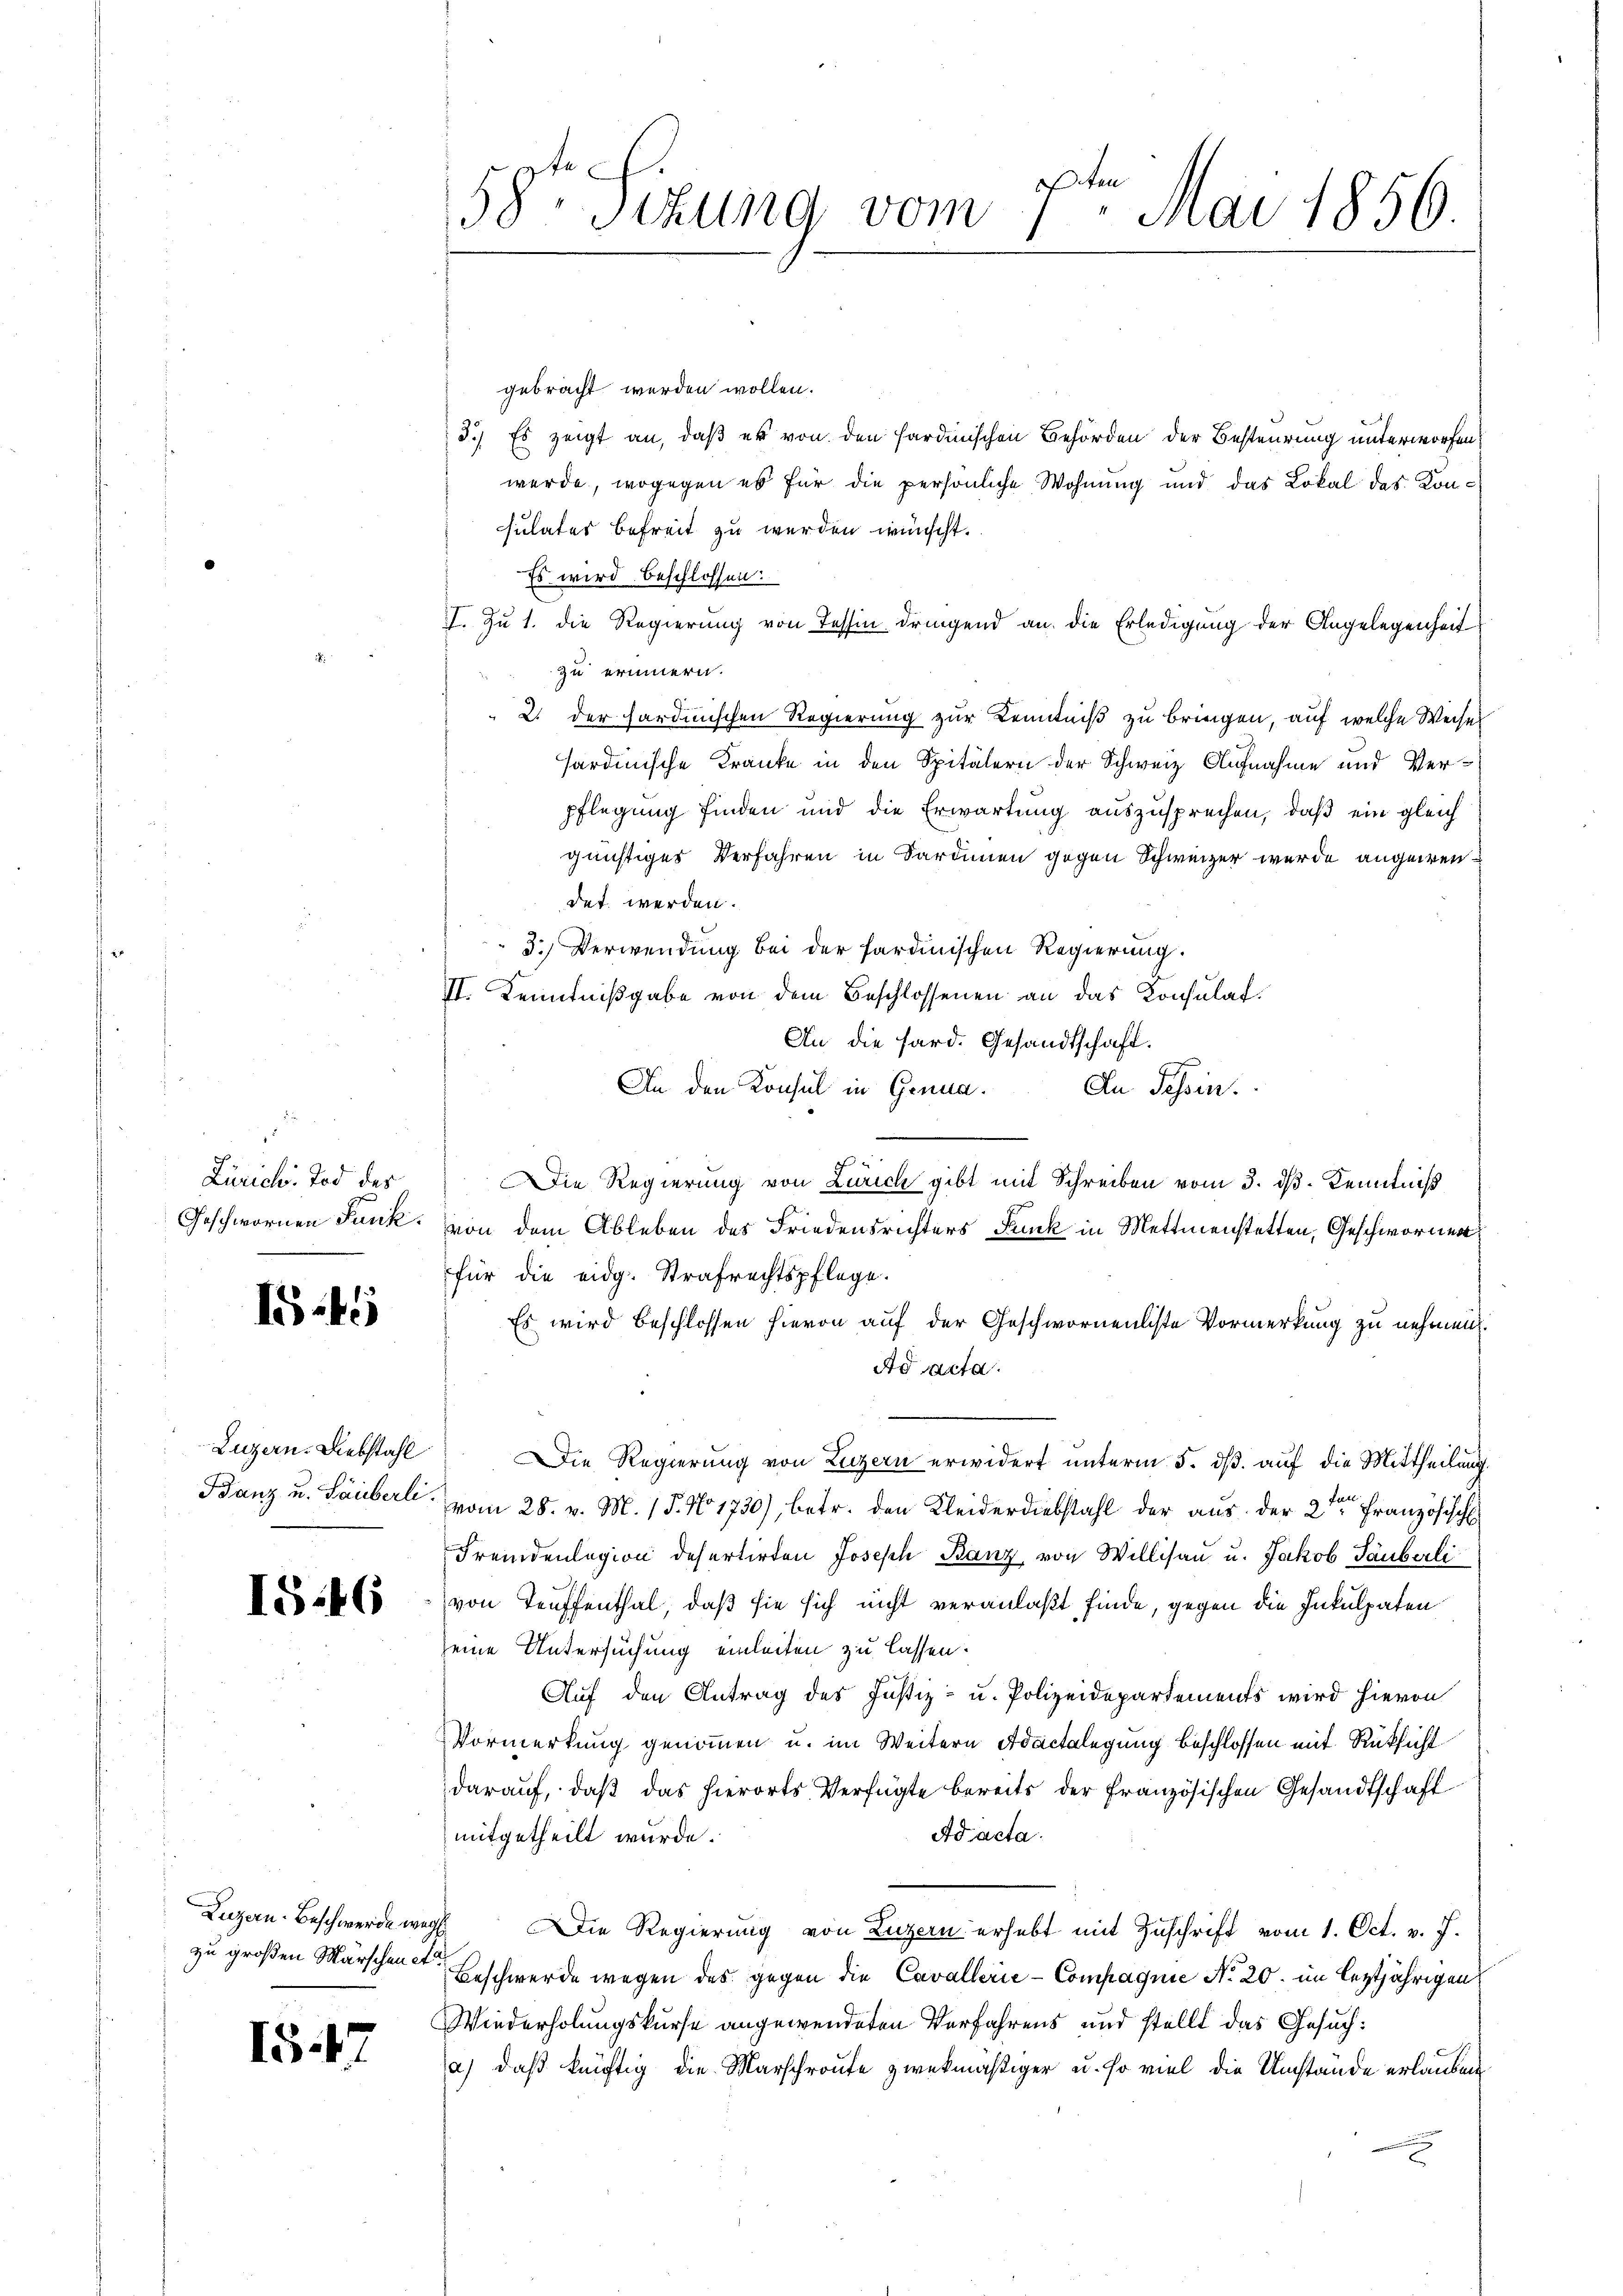
Zürich. Tod des

1.45

Luzern. Diebstahl

IS.46

zu großen Märschen etc.

15.

58te Sitzung vom 7ten Mai 1856.

gebracht werden wollen.
3.) Es zeigt an, daß es von den sardinischen Behörden der Besteurung unterworfen,
werde, wogegen es für die persönliche Wohnung und das Lokal des Konculates befreit zu werden wünscht.
Es wird beschlossen:
V. Zu 1. die Regierung von Tessin dringend an die Erledigung der Angelegenheit
zu erinnern.
2. der sardinischen Regierung zur Kenntniß zu bringen, auf welche Weise
sardinische Kranke in den Spitälern der Schweiz Aufnahme und Verpflegung finden und die Erwartung auszusprechen, daß ein gleich
günstiges Verfahren in Sardinen gegen Schweizer wurde angewendet werden.
3.) Verwendung bei der Sardinischen Regierung.
II. Kenntnißgabe von dem Beschlossenen an das Konsulat.
An die Hard. Gesandtschaft.
An den Konsul in Genua. An Schin
Die Regierung von Zürich gibt mit Schreiben vom 3. ds. Kenntniß
Geschwornen Junk. Von dem Ableben des Friedensrichters Druck in Mettmenstetten, Geschwornen
für die eidg. Strafrechtspflege.
Es wird beschlossen hievon auf der Geschwornenliste Vormerkung zu nehmen.
Ad Acta.
Die Regierung von Luzern erwidert unterm 5. dß. auf die Mittheilung
Banz u. Lauberl vom 28. v. M. 15. No 1730), betr. den Kleiderdiebstahl der aus der 2ten Französisch
Fremdenlegion defertirten Joseph Banz, von Willisau u. Jakob Täuberli
von Teuffenthal, daß sie sich nicht veranlaßt finde, gegen die Inkulpaten
seine Untersuchung einleiten zu lassen.
Auf den Antrag des Justiz- u. Polizeidepartements wird hievon
Vormerkung genommen u. im Weitern Adactelegung beschlossen mit Rüksicht
darauf, daß das hierorts Verfügte bereits der Französischen Gesandtschaft
Ad acta.
mitgetheilt wurde.
Luzan-Beschwerde weg. Die Regierung von Luzern erhebt mit Zuschrift vom 1. Oct. v. J.
Beschwerde wegen des gegen die Cavallerie-Compagnie No. 20. im leztjährigen
Wiederholungskurse angewendeten Verfahrens und stellt das Gesuch:
a) daß künftig die Marschroute zwekmäßiger u. so viel die Umstände erlauben